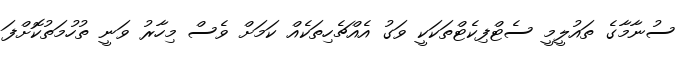
ސުނާމާގެ ތައުލީމީ ސެޓްފިކެޓްތަކަކީ ވަގު އެއްޗެހިތަކެއް ކަމަށް ވެސް މިހާރު ވަނީ ތުހުމަތުކޮށްފަ